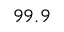
9 9 . 9